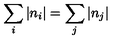
\sum _ { i } \left| n _ { i } \right| = \sum _ { j } \left| n _ { j } \right|